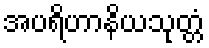
အပရိဟာနိယသုတ္တံ